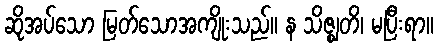
ဆိုအပ်သော မြတ်သောအကျိုးသည်။ န သိဇ္ဈတိ၊ မပြီးရာ။